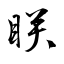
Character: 眹